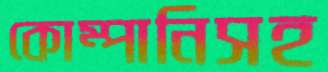
কোম্পানিসহ